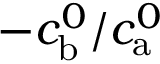
- c _ { \mathrm { b } } ^ { 0 } / c _ { \mathrm { a } } ^ { 0 }